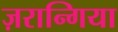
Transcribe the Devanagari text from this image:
ज़रान्गिया